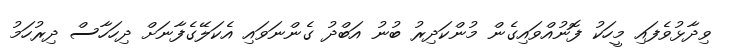
ވިދާޅުވެފައި މީހަކު ފޮނުއްވައިގެން މުންކަދިރު ބުނު އަބްދު ގެންނަވައި އެކަލޭގެފާނަށް ދިހަހާސް ދިރުހަމު